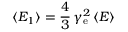
\langle E _ { 1 } \rangle = \frac { 4 } { 3 } \, \gamma _ { \mathrm { e } } ^ { 2 } \, \langle E \rangle